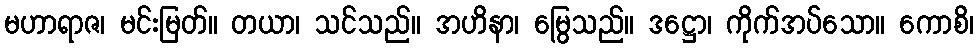
မဟာရာဇ၊ မင်းမြတ်။ တယာ၊ သင်သည်။ အဟိနာ၊ မြွေသည်။ ဒဋ္ဌော၊ ကိုက်အပ်သော။ ကောစိ၊